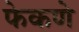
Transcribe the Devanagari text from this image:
फेकणे